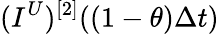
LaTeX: (I^{U})^{[2]}((1-\theta)\Delta t)